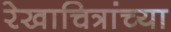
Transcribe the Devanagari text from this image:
रेखाचित्रांच्या